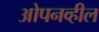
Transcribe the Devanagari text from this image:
ओपनव्हील